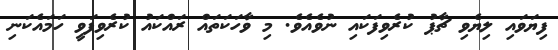
ފިޔަވައި ލިޔެވި ޗާޕު ކުރެވިފަކައި ނުވެއެވެ. މި ވާހަކަތައް ރައްކައު ކުރެވިފަވީ ހަމައެކަނި